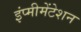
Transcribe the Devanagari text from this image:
इंप्मीमेंटेशन